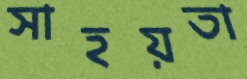
সাহয়তা